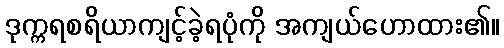
ဒုက္ကရစရိယာကျင့်ခဲ့ရပုံကို အကျယ်ဟောထား၏။